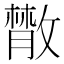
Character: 𢿱